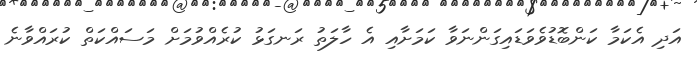
އަދި އެކަމާ ކަންބޮޑުވެވަޑައިގަންނަވާ ކަމަށާއި އެ ހާލަތު ރަނގަޅު ކުރެއްވުމަށް މަސައްކަތް ކުރައްވާނެ